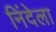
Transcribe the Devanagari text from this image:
निंदेला